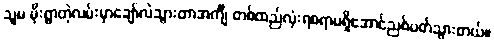
သူမ မိုးရွာတဲ့လမ်းမှာချော်လဲသွားတာအင်္ကျီ တစ်ထည်လုံးရစရာမရှိအောင်ညစ်ပတ်သွားတယ်။